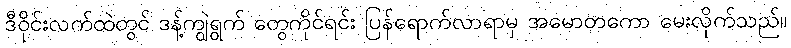
ဒီဝိုင်းလက်ထဲတွင် ဒန့်ကျွဲရွက် တွေကိုင်ရင်း ပြန်ရောက်လာရာမှ အမောတကော မေးလိုက်သည်။